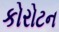
કોરોટન